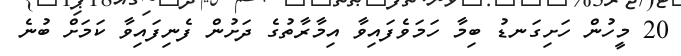
20 މީހުން ހަށިގަނޑު ބިމާ ހަމަވެފައިވާ އިމާރާތުގެ ދަށުން ފެނިފައިވާ ކަމަށް ބުނެ